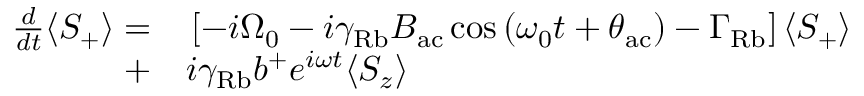
\begin{array} { r l } { \frac { d } { d t } \langle S _ { + } \rangle = } & { { } \left[ - i \Omega _ { 0 } - i \gamma _ { \mathrm { R b } } B _ { \mathrm { a c } } \cos \left( { \omega _ { 0 } t + \theta _ { \mathrm { a c } } } \right) - \Gamma _ { \mathrm { R b } } \right] \langle S _ { + } \rangle } \\ { + } & { { } i \gamma _ { \mathrm { R b } } b ^ { + } e ^ { i \omega t } \langle S _ { z } \rangle } \end{array}